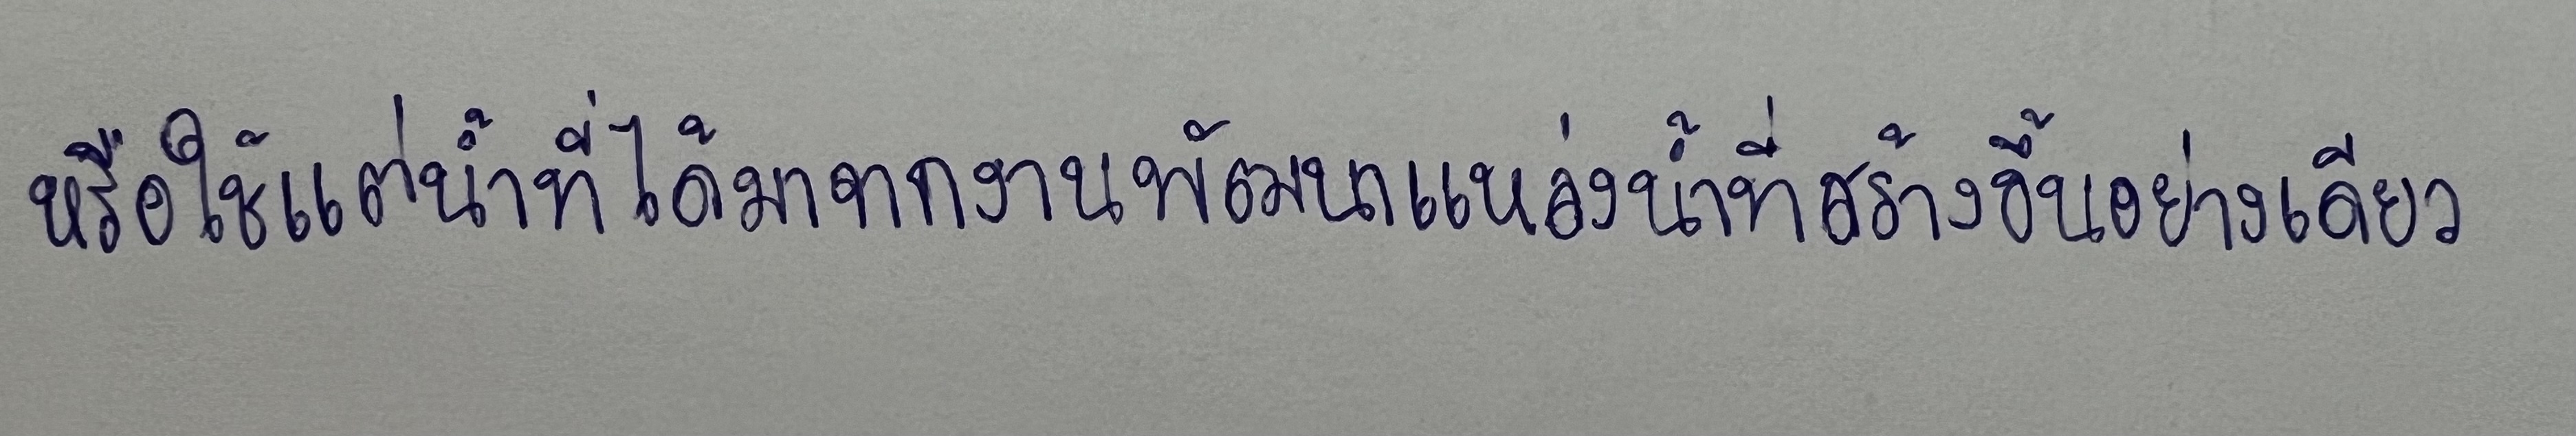
หรือใช้แต่น้ำที่ได้มาจากงานพัฒนาแหล่งน้ำที่สร้างขึ้นอย่างเดียว